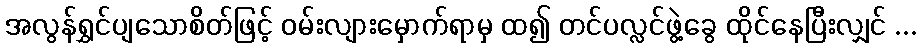
အလွန်ရွှင်ပျသောစိတ်ဖြင့် ဝမ်းလျားမှောက်ရာမှ ထ၍ တင်ပလ္လင်ဖွဲ့ခွေ ထိုင်နေပြီးလျှင် ...